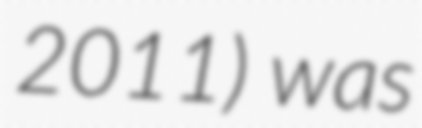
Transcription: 2011) was